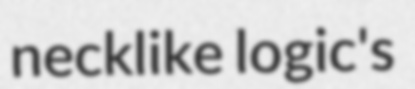
necklike logic's